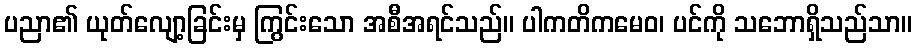
ပညာ၏ ယုတ်လျော့ခြင်းမှ ကြွင်းသော အစီအရင်သည်။ ပါကတိကမေဝ၊ ပင်ကို သဘောရှိသည်သာ။